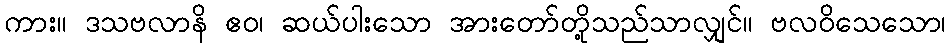
ကား။ ဒသဗလာနိ ဧဝ၊ ဆယ်ပါးသော အားတော်တို့သည်သာလျှင်။ ဗလဝိသေသော၊